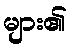
များ၏